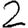
Digit: 2